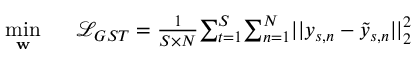
\begin{array} { r l } { \underset { \mathbf { w } } { \mathop { \operatorname* { m i n } } } } & { { } ~ ~ \mathcal { L } _ { G S T } = \frac { 1 } { S \times N } { \sum _ { t = 1 } ^ { S } } { \sum _ { n = 1 } ^ { N } } | | y _ { s , n } - \tilde { y } _ { s , n } | | _ { 2 } ^ { 2 } } \end{array}